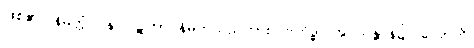
ဖြစ်၏။ နိမိတ္တံ ပန၊ ပဋိဘာဂနိမိတ်သည်ကား။ ဗဟိဒ္ဓါ၊ အပသန္တာန်၌။ ဟောတိ၊